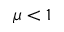
\mu < 1